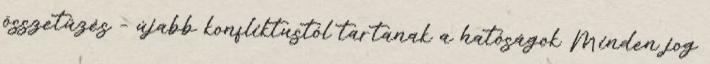
összetűzés – újabb konfliktustól tartanak a hatóságok Minden jog